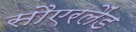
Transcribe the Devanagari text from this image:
सौएरलैंड